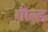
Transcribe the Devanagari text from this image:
गौल्ड